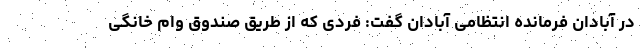
در آبادان فرمانده انتظامی آبادان گفت: فردی که از طریق صندوق وام خانگی